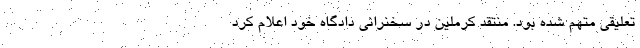
تعلیقی متهم شده بود. منتقد کرملین در سخنرانی دادگاه خود اعلام کرد